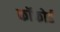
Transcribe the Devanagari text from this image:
कॉफोर्ड